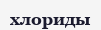
хлориды